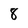
Character: 8